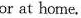
or at home.